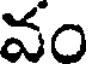
వం